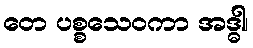
တေ ပစ္စသေဝကာ အဒ္ဓါ၊